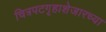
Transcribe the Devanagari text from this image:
चित्रपटगृहाशेजारच्या